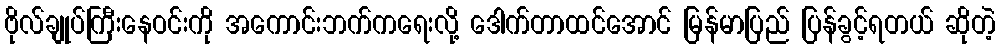
ဗိုလ်ချုပ်ကြီးနေဝင်းကို အကောင်းဘက်ကရေးလို့ ဒေါက်တာထင်အောင် မြန်မာပြည် ပြန်ခွင့်ရတယ် ဆိုတဲ့